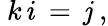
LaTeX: ~k\, i\, =\, \mathit{j}~,